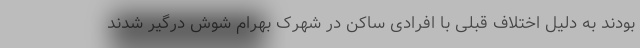
بودند به دلیل اختلاف قبلی با افرادی ساکن در شهرک بهرام شوش درگیر شدند